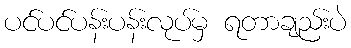
ပင်ပင်ပန်းပန်းလုပ်မှ ရတာချည်းပဲ